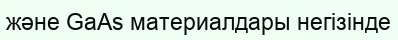
және GaAs материалдары негізінде